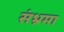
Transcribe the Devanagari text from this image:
संभ्रमा